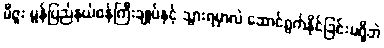
မီဇူး မွန်ပြည်နယ်ဝန်ကြီးချုပ်နှင့် သွားရမှာလဲ ဆောင်ရွက်နိုင်ခြင်းမရှိဘဲ